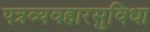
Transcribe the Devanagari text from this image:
पत्रव्यवहारसुविधा